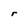
Character: r